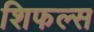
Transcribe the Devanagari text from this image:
शिफल्स